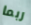
ربما